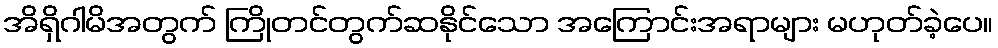
အိရှိဂါမိအတွက် ကြိုတင်တွက်ဆနိုင်သော အကြောင်းအရာများ မဟုတ်ခဲ့ပေ။